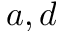
a , d